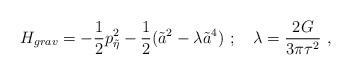
LaTeX: \begin{align*}H_{grav} = - {1\over2}p_{\tilde\eta}^2 -{1\over2}( \tilde a^2 -\lambda \tilde a^4) \ ;\quad \lambda = {2G\over 3\pi\tau^2}\ ,\end{align*}